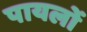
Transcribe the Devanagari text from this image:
पायलों